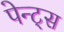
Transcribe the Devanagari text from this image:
पेन्ट्‌स